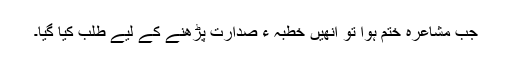
جب مشاعرہ ختم ہوا تو انھیں خطبہ ء صدارت پڑھنے کے لیے طلب کیا گیا۔